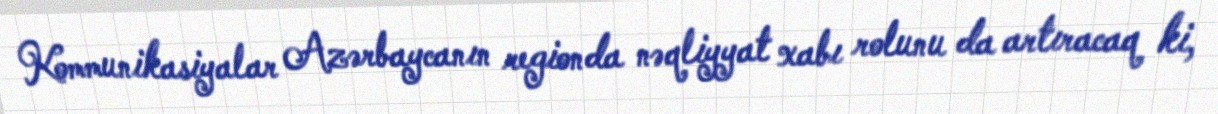
Kommunikasiyalar Azərbaycanın regionda nəqliyyat xabı rolunu da artıracaq ki,